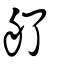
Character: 䑠